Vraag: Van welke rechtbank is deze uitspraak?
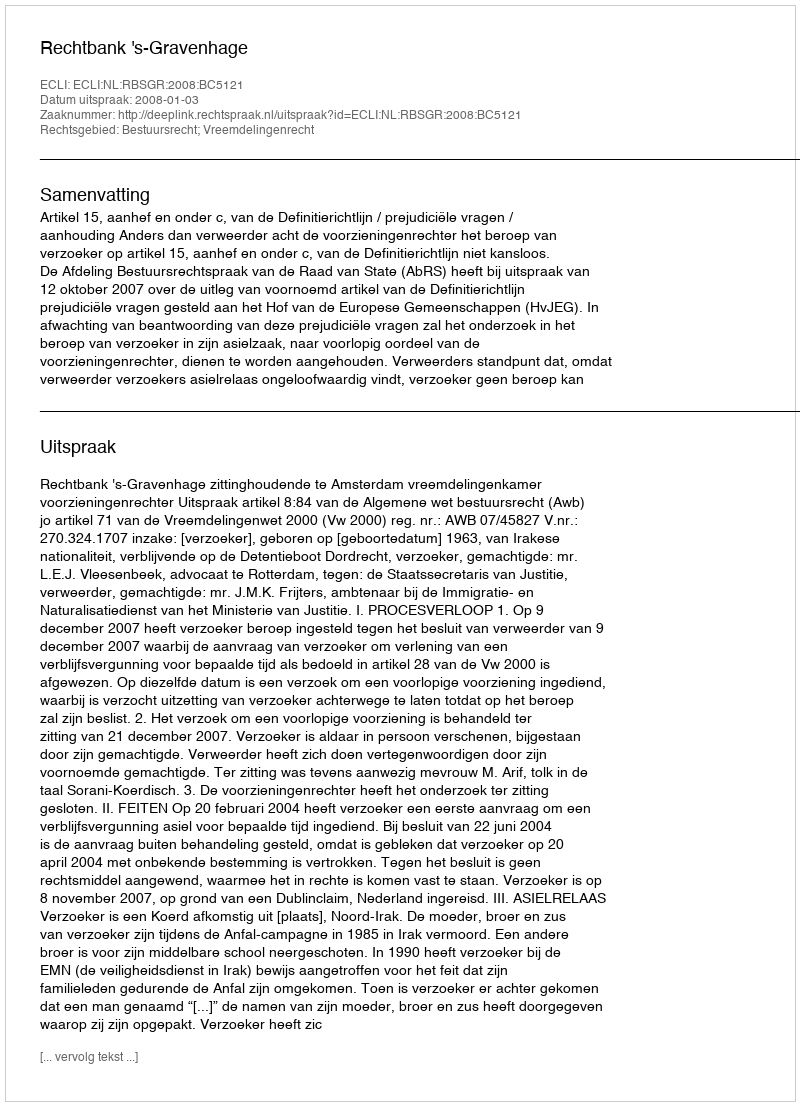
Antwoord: Rechtbank 's-Gravenhage